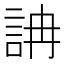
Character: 𧦦